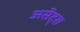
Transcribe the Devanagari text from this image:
असेट्स